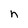
Character: n